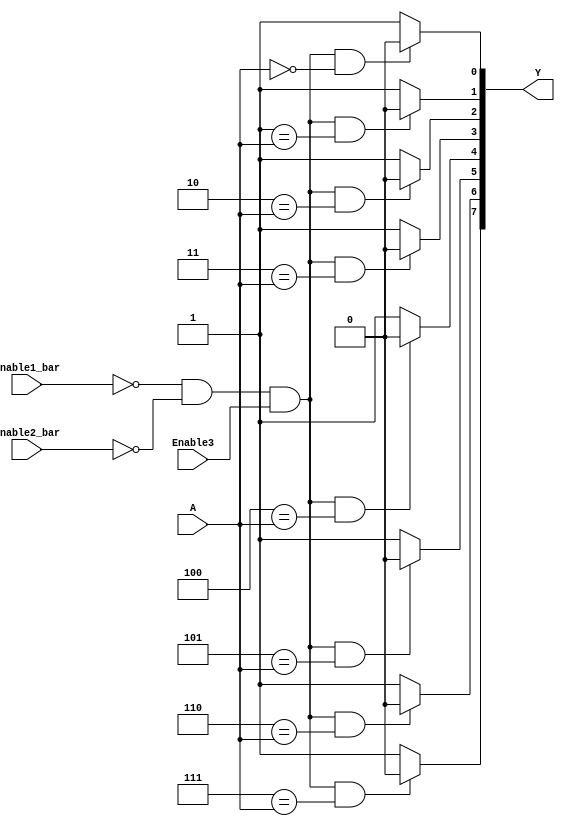
// This program was cloned from: https://github.com/TimRudy/ice-chips-verilog
// License: GNU General Public License v3.0

// 3-line to 8-line decoder/demultiplexer (inverted outputs)

module ttl_74138 #(parameter WIDTH_OUT = 8, WIDTH_IN = $clog2(WIDTH_OUT),
                   DELAY_RISE = 0, DELAY_FALL = 0)
(
  input Enable1_bar,
  input Enable2_bar,
  input Enable3,
  input [WIDTH_IN-1:0] A,
  output [WIDTH_OUT-1:0] Y
);

//------------------------------------------------//
reg [WIDTH_OUT-1:0] computed;
integer i;

always @(*)
begin
  for (i = 0; i < WIDTH_OUT; i++)
  begin
    if (!Enable1_bar && !Enable2_bar && Enable3 && i == A)
      computed[i] = 1'b0;
    else
      computed[i] = 1'b1;
  end
end
//------------------------------------------------//

assign #(DELAY_RISE, DELAY_FALL) Y = computed;

endmodule